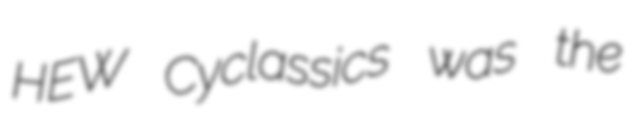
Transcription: HEW Cyclassics was the